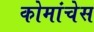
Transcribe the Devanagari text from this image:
कोमांचेस